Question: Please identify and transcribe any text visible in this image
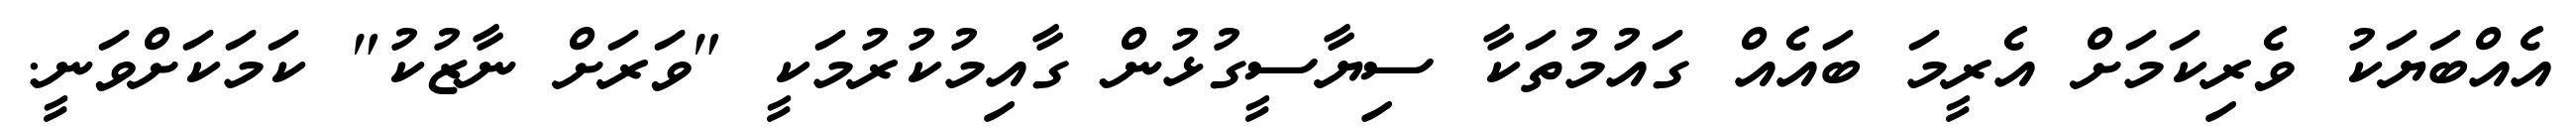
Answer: އެއްބަޔަކު ވެރިކަމަށް އެރީމަ ބައެއް ގައުމުތަކާ ސިޔާސީގުޅުން ގާއިމުކުރުމަކީ "ވަރަށް ނާޒުކު" ކަމަކަށްވަނީ.